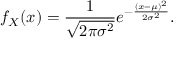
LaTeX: f _ { X } ( x ) = { \frac { 1 } { \sqrt { 2 \pi \sigma ^ { 2 } } } } e ^ { - { \frac { ( x - \mu ) ^ { 2 } } { 2 \sigma ^ { 2 } } } } .